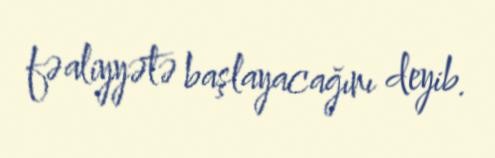
fəaliyyətə başlayacağını deyib.